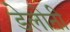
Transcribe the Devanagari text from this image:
डेलोनी